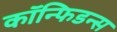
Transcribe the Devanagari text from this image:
कॉन्फिडन्स